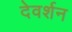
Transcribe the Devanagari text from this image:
देवर्शन